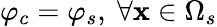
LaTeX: \varphi_{c}=\varphi_{s},\ \forall\mathbf{x}\in\Omega_{s}